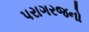
પરાગરજનો